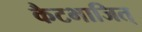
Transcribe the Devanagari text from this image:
कैटभाजित्